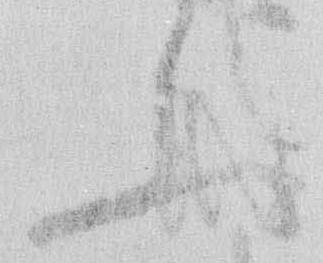
ふ